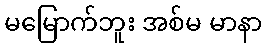
မမြောက်ဘူး အစ်မ မာနာ